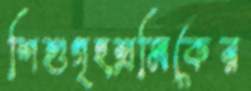
শিশুগৃহশ্রমিকের